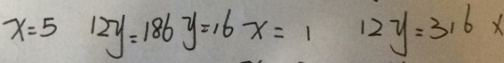
x = 5 1 2 y = 1 8 6 y = 1 6 x = 1 1 2 y = 3 1 6 x